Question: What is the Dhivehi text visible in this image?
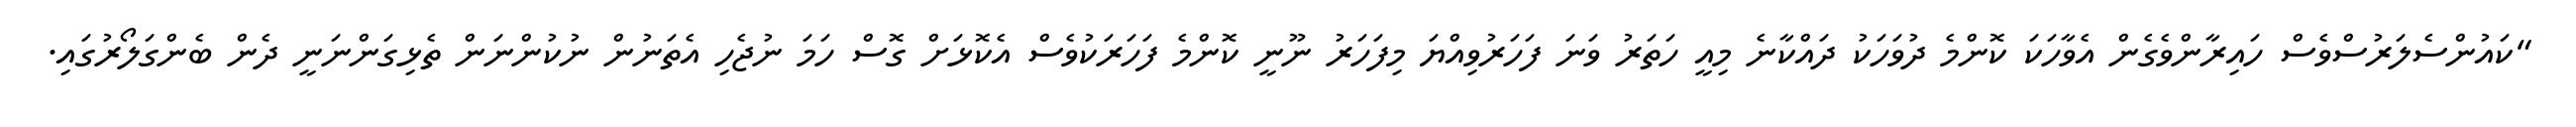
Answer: "ކައުންސެލަރުސްވެސް ހައިރާންވެގެން އެވާހަކަ ކޮންމެ ދުވަހަކު ދައްކާނެ މިއީ ހަތަރު ވަނަ ފަހަރުވިއްޔަ މިފަހަރު ނޫނީ ކޮންމެ ފަހަރަކުވެސް އެކޮޅަށް ގޮސް ހަމަ ނުޖެހި އެތަނުން ނުކުންނަން ތެޅިގަންނަނީ ދެން ބެންގަލޯރުގައި.